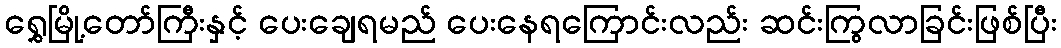
ရွှေမြို့တော်ကြီးနှင့် ပေးချေရမည် ပေးနေရကြောင်းလည်း ဆင်းကြွလာခြင်းဖြစ်ပြီး